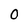
Character: 0